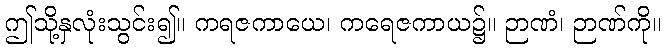
ဤသို့နှလုံးသွင်း၍။ ကရဇကာယေ၊ ကရေဇကာယ၌။ ဉာဏံ၊ ဉာဏ်ကို။